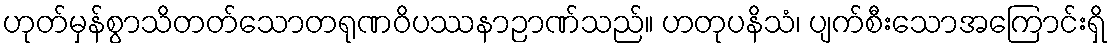
ဟုတ်မှန်စွာသိတတ်သောတရုဏဝိပဿနာဉာဏ်သည်။ ဟတုပနိသံ၊ ပျက်စီးသောအကြောင်းရှိ